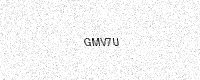
Text: GMV7U